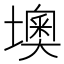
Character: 墺